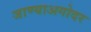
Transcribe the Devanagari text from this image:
जाण्याअगोदर